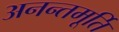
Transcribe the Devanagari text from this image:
अनन्तमूर्ति